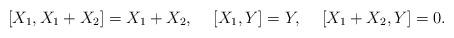
LaTeX: \begin{align*}[ X_1, X_1 + X_2 ] = X_1 + X_2, \rule{0.5cm}{0cm}[ X_1, Y ] = Y, \rule{0.5cm}{0cm}[ X_1 + X_2, Y ] = 0.\end{align*}